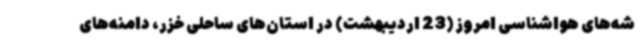
شه‌های هواشناسی امروز (23 اردیبهشت) در استان‌های ساحلی خزر، دامنه‌های